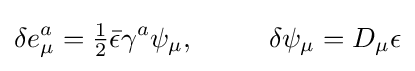
\delta e_{\mu }^{a}={\tfrac {1}{2}}{\bar {\epsilon }}\gamma ^{a}\psi _{\mu },\ \ \ \ \ \ \ \ \delta \psi _{\mu }=D_{\mu }\epsilon